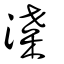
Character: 渫